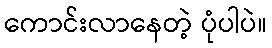
ကောင်းလာနေတဲ့ ပုံပါပဲ။